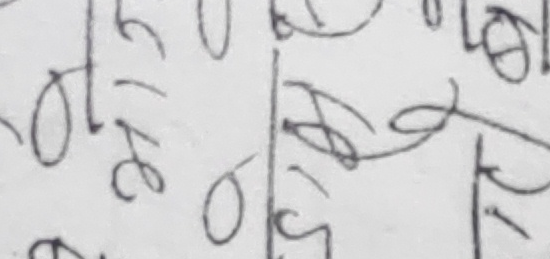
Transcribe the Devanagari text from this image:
२७५०० ५०